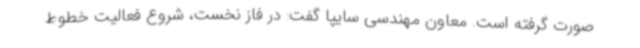
صورت گرفته است. معاون مهندسی سایپا گفت: در فاز نخست، شروع فعالیت خطوط